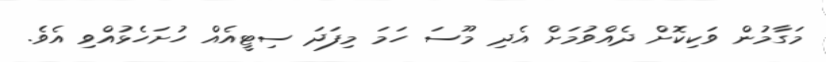
މަގާމުން ވަކިކޮށް ދެއްވުމަށް އެދި މޫސަ ހަމަ މިފަދަ ސިޓީއެއް ހުށަހެޅުއްވި އެވެ.